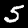
Digit: 5